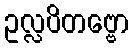
ဥလ္လပိတဗ္ဗော